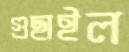
গুছাইল